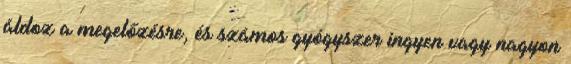
áldoz a megelőzésre, és számos gyógyszer ingyen vagy nagyon